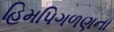
હિમપિગળણના